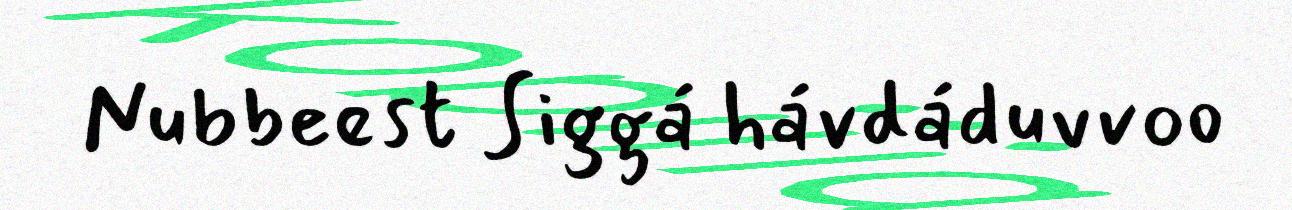
Nubbeest Siggá hávdáduvvoo